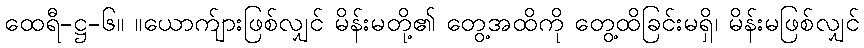
ထေရီ-ဋ္ဌ-၆။ ။ယောက်ျားဖြစ်လျှင် မိန်းမတို့၏ တွေ့အထိကို တွေ့ထိခြင်းမရှိ၊ မိန်းမဖြစ်လျှင်